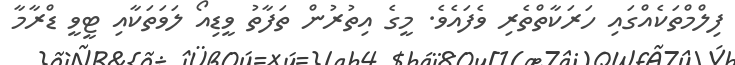
ފިލްމްތަކެއްގައި ހަރަކާތްތެރި ވެފައެވެ. މީގެ އިތުރުން ތަފާތު ވީޑިއޯ ލަވަތަކާއި ޓީވީ ޑްރާމާ